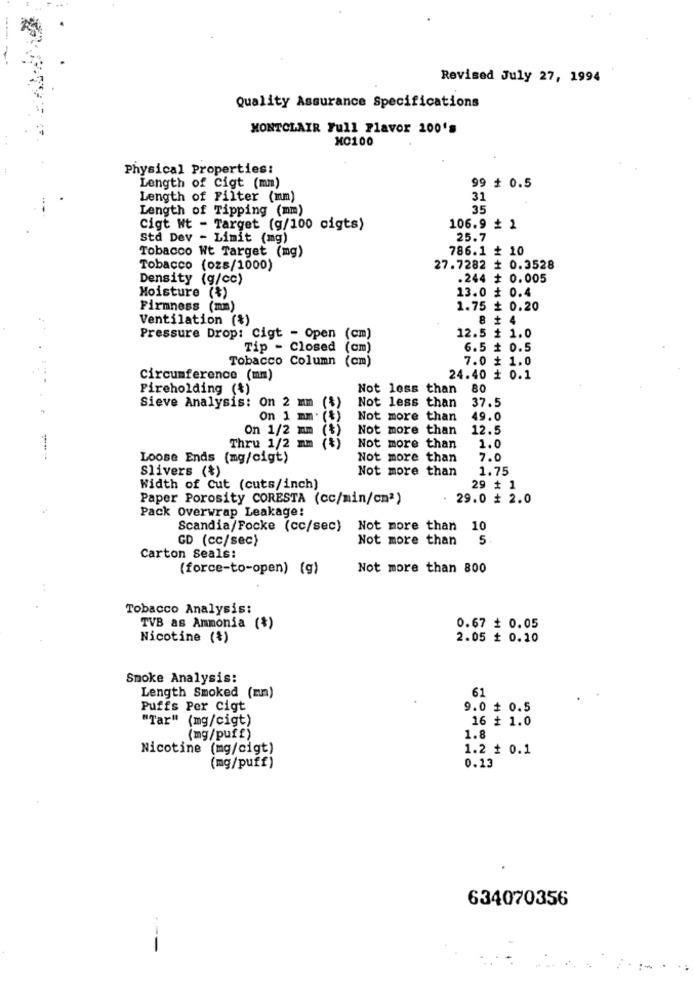
Revised July 27, 1994
Quality Assurance Specifications
MONTCLAIR Full Flavor 200's
MO100
Physical Properties:
Length of Cigt (mm)
99 + 0.5
Length of Filter (mm)
31
Length of Tipping (mm)
35
Cigt Nt - Target (g/100 cigts)
106.9 + 1
Std Dev - Limit (mg)
25.7
786.1 + 10
Tobacco Wt Target (mg)
Tobacco (ozs/1000)
27.7282 + 0.3528
Density (g/cc)
.244 + 0.005
13.0 + 0.4
Moisture (*)
Firmness (mm)
1.75 ₺ 0.20
Ventilation (%)
8 +
Pressure Drop: Cigt - Open (cm)
12.5 + 1.0
Tip - Closed (cm)
6.5 + 0.5
Tobacco Column (cm)
7.0 + 1.0
circumference (mm)
24.40 + 0.1
Fireholding (+)
Not less than 80
Not less than
37.5
Sieve Analysis: On 2 mm
On 1 mm. ($)
Not more than
49.0
On 1/2 mm (+)
Not more than
12.5
1.0
Thru 1/2 mm (4)
Not more than
Loose Ends (mg/cigt)
Not more than
7.0
Slivers (+)
Not more than
1.75
Width of Cut (cuts/inch)
29 # 1
Paper Porosity CORESTA (cc/min/cm2)
. 29.0 + 2.0
Pack Overwrap Leakage:
Scandia/Focke (cc/sec)
Not more than 10
GD (cc/sec)
Not more than
5
Carton Seals:
(force-to-open) (g)
Not more than 800
Tobacco Analysis:
TVB as Ammonia (*)
0.67 # 0.05
Nicotine (+)
2.05 # 0.10
Smoke Analysis:
61
Length Smoked (mm)
Puffs Per cigt
9.0 # 0.5
"Tar" (mg/cigt)
16 + 1.0
(mg/puff)
1.8
Nicotine (mg/cigt)
1.2 # 0.1
(mg/puff)
0.13
634070356